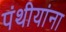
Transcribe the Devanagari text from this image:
पंथीयांना